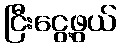
ငြီးငွေ့ဖွယ်